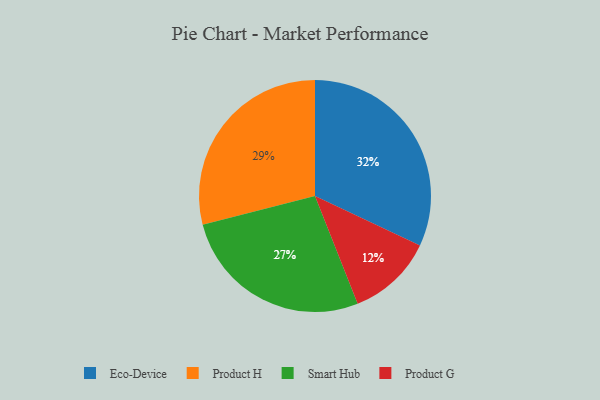
{"axis": {"x": "Category", "y": "Percentage"}, "legend": ["Eco-Device", "Product G", "Product H", "Smart Hub"], "data": [{"x": "Product H", "y": 29, "type": "Product H"}, {"x": "Eco-Device", "y": 32, "type": "Eco-Device"}, {"x": "Smart Hub", "y": 27, "type": "Smart Hub"}, {"x": "Product G", "y": 12, "type": "Product G"}]}